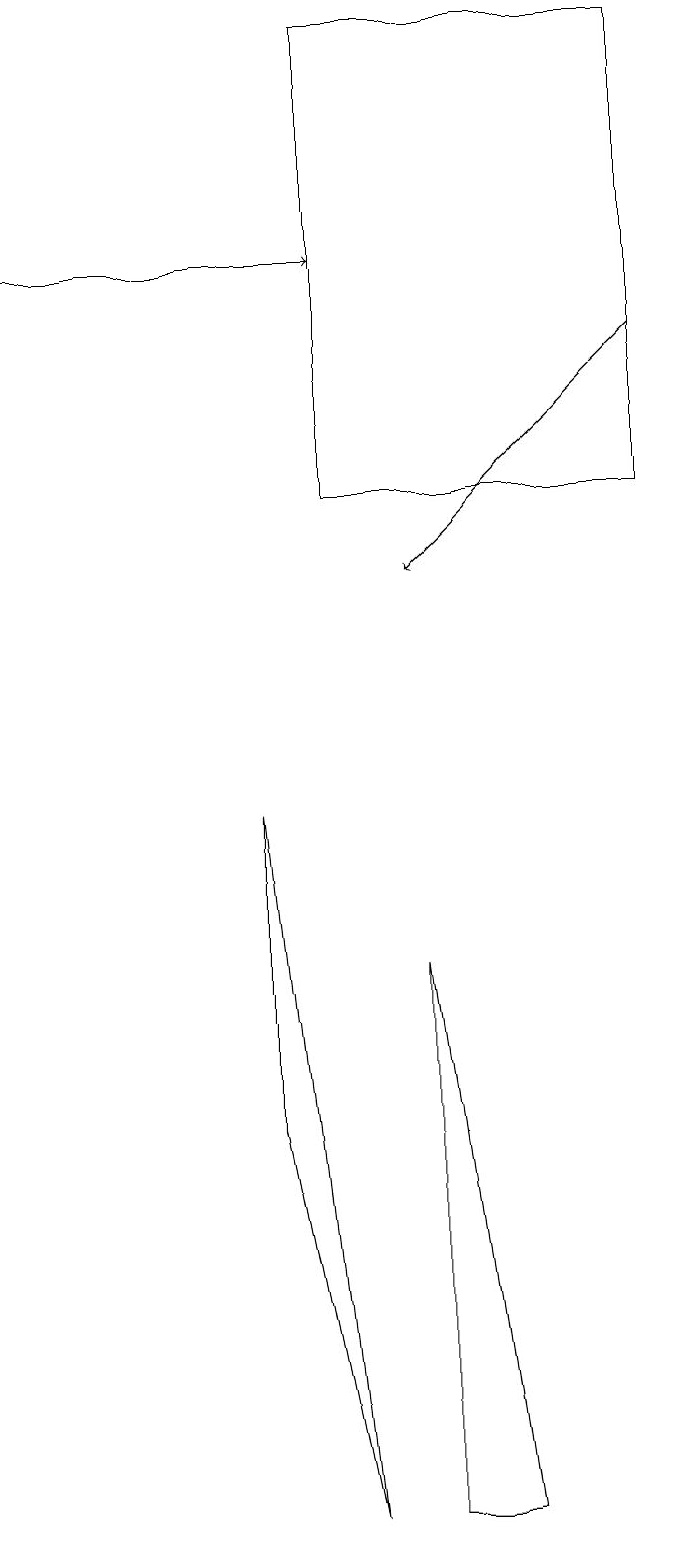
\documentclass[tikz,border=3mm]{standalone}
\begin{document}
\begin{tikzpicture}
\draw (6,0) -- (5,0) -- (5,7) -- cycle;
\draw (8,13) rectangle (4,19);
\draw[->] (8,15) -- (5,12);
\draw (3,9) -- (3,5) -- (4,0) -- cycle;
\draw[->] (0,16) -- (4,16);
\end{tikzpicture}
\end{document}